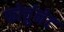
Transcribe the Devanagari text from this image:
फोर्चुनेट